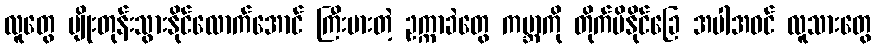
လူတွေ မျိုးတုန်းသွားနိုင်လောက်အောင် ကြီးမားတဲ့ ဥက္ကာခဲတွေ ကမ္ဘာကို တိုက်မိနိုင်ခြေ အပါအဝင် လူသားတွေ